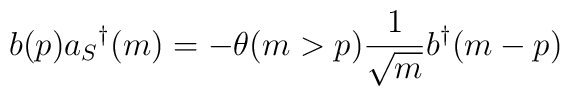
b(p)a_S{}^{\dag}(m) = -\theta(m>p) \frac {1}{\sqrt{m}} b^{\dag}(m-p)